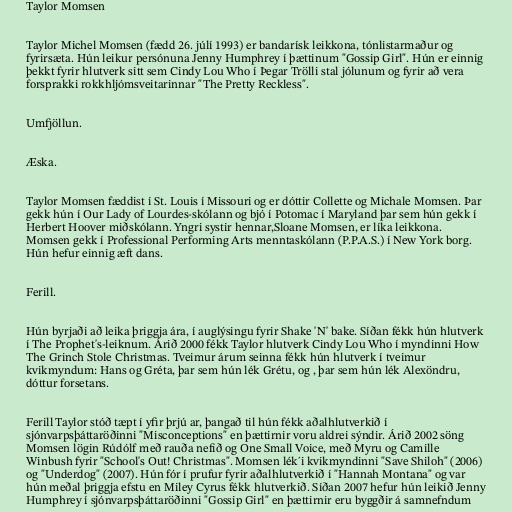
Taylor Momsen

Taylor Michel Momsen (fædd 26. júlí 1993) er bandarísk leikkona, tónlistarmaður og
fyrirsæta. Hún leikur persónuna Jenny Humphrey í þættinum "Gossip Girl". Hún er einnig
þekkt fyrir hlutverk sitt sem Cindy Lou Who í Þegar Trölli stal jólunum og fyrir að vera
forsprakki rokkhljómsveitarinnar "The Pretty Reckless".

Umfjöllun.

Æska.

Taylor Momsen fæddist í St. Louis í Missouri og er dóttir Collette og Michale Momsen. Þar
gekk hún í Our Lady of Lourdes-skólann og bjó í Potomac í Maryland þar sem hún gekk í
Herbert Hoover miðskólann. Yngri systir hennar,Sloane Momsen, er líka leikkona.
Momsen gekk í Professional Performing Arts menntaskólann (P.P.A.S.) í New York borg.
Hún hefur einnig æft dans.

Ferill.

Hún byrjaði að leika þriggja ára, í auglýsingu fyrir Shake 'N' bake. Síðan fékk hún hlutverk
í The Prophet's-leiknum. Árið 2000 fékk Taylor hlutverk Cindy Lou Who í myndinni How
The Grinch Stole Christmas. Tveimur árum seinna fékk hún hlutverk í tveimur
kvikmyndum: Hans og Gréta, þar sem hún lék Grétu, og , þar sem hún lék Alexöndru,
dóttur forsetans.

Ferill Taylor stóð tæpt í yfir þrjú ar, þangað til hún fékk aðalhlutverkið í
sjónvarpsþáttaröðinni "Misconceptions" en þættirnir voru aldrei sýndir. Árið 2002 söng
Momsen lögin Rúdólf með rauða nefið og One Small Voice, með Myru og Camille
Winbush fyrir "School's Out! Christmas". Momsen lék´i kvikmyndinni "Save Shiloh" (2006)
og "Underdog" (2007). Hún fór í prufur fyrir aðalhlutverkið í "Hannah Montana" og var
hún meðal þriggja efstu en Miley Cyrus fékk hlutverkið. Síðan 2007 hefur hún leikið Jenny
Humphrey í sjónvarpsþáttaröðinni "Gossip Girl" en þættirnir eru byggðir á samnefndum